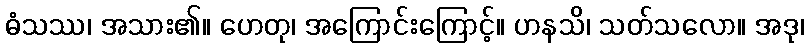
ဓံသဿ၊ အသား၏။ ဟေတု၊ အကြောင်းကြောင့်။ ဟနသိ၊ သတ်သလော။ အဒု၊